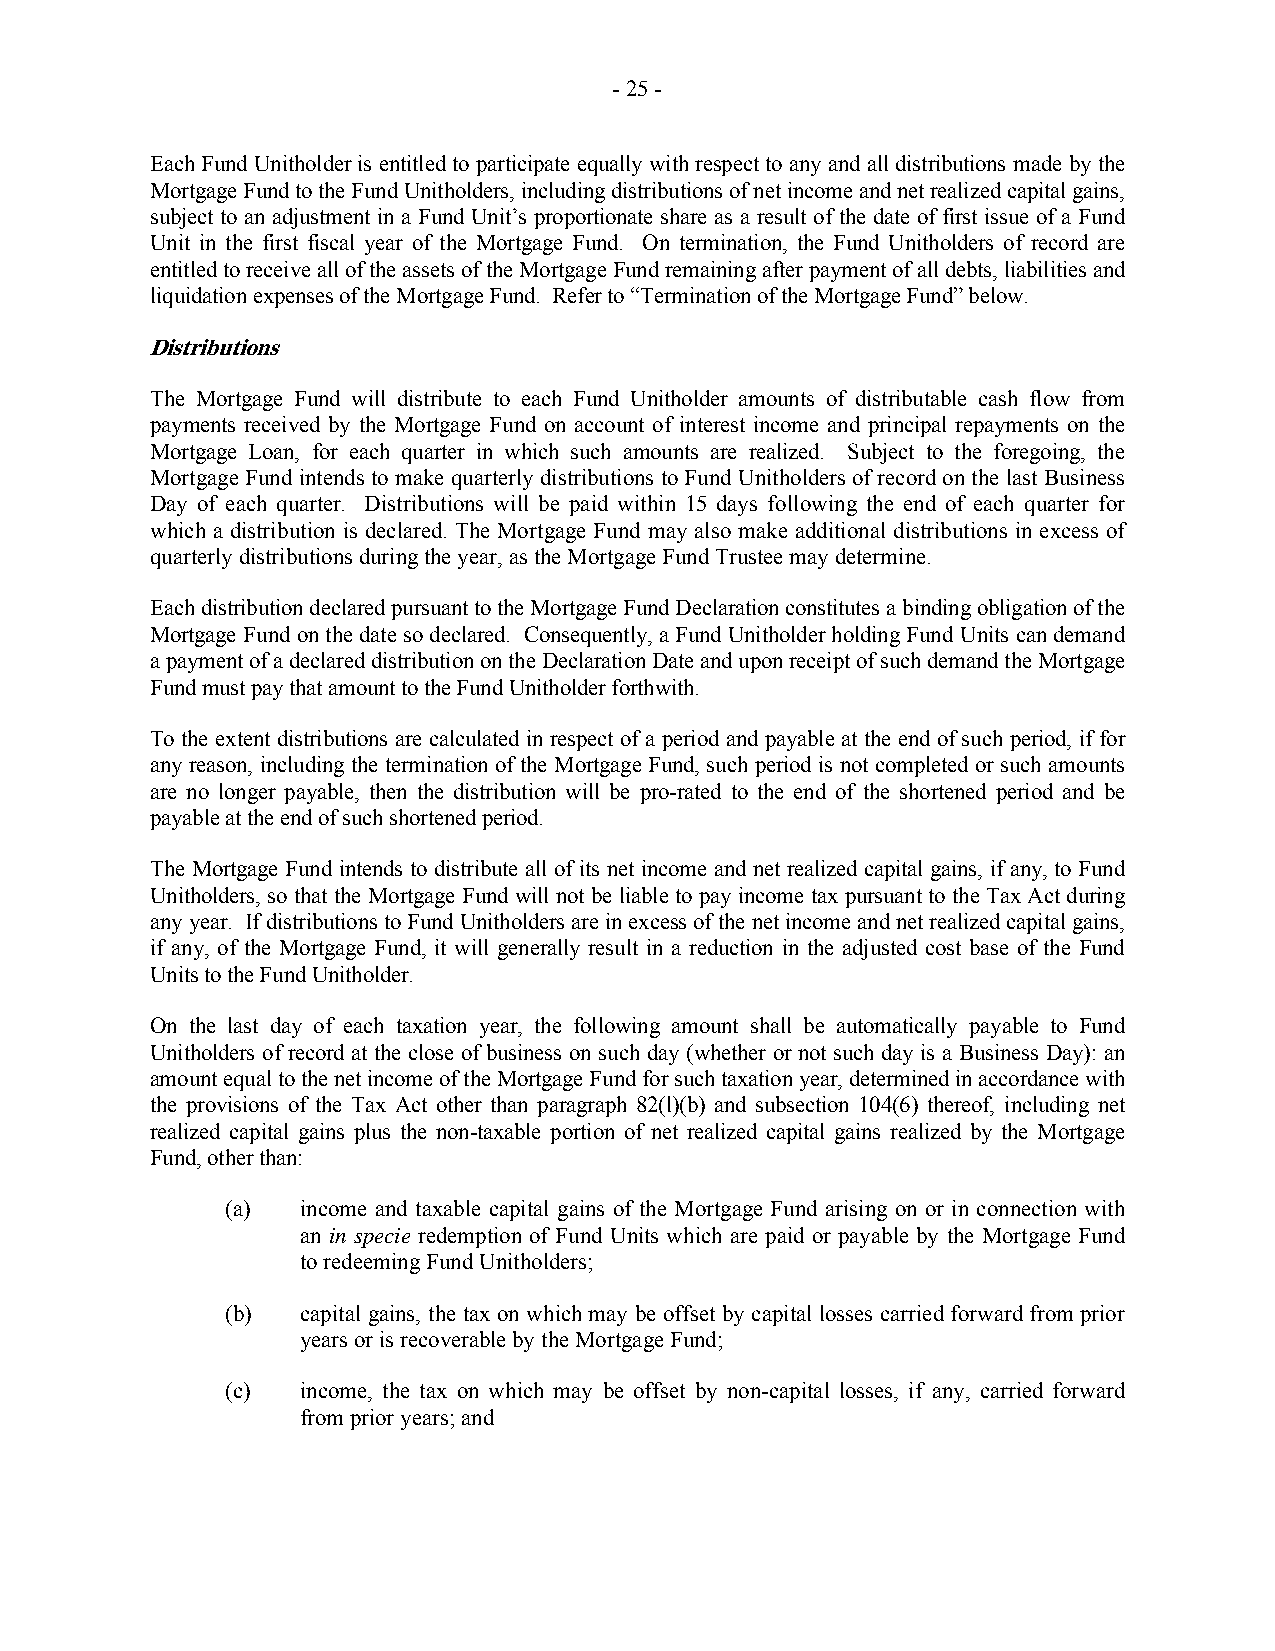
- 25 -
 Each Fund Unitholder is entitled to participate equally with respect to any and all distributions made by the
 Mortgage Fund to the Fund Unitholders, including distributions of net income and net realized capital gains,
 subject to an adjustment in a Fund Unit’s proportionate share as a result of the date of first issue of a Fund
 Unit in the first fiscal year of the Mortgage Fund. On termination, the Fund Unitholders of record are
 entitled to receive all of the assets of the Mortgage Fund remaining after payment of all debts, liabilities and
 liquidation expenses of the Mortgage Fund. Refer to “Termination of the Mortgage Fund” below.
 Distributions
 The Mortgage Fund will distribute to each Fund Unitholder amounts of distributable cash flow from
 payments received by the Mortgage Fund on account of interest income and principal repayments on the
 Mortgage Loan, for each quarter in which such amounts are realized. Subject to the foregoing, the
 Mortgage Fund intends to make quarterly distributions to Fund Unitholders of record on the last Business
 Day of each quarter. Distributions will be paid within 15 days following the end of each quarter for
 which a distribution is declared. The Mortgage Fund may also make additional distributions in excess of
 quarterly distributions during the year, as the Mortgage Fund Trustee may determine.
 Each distribution declared pursuant to the Mortgage Fund Declaration constitutes a binding obligation of the
 Mortgage Fund on the date so declared. Consequently, a Fund Unitholder holding Fund Units can demand
 a payment of a declared distribution on the Declaration Date and upon receipt of such demand the Mortgage
 Fund must pay that amount to the Fund Unitholder forthwith.
 To the extent distributions are calculated in respect of a period and payable at the end of such period, if for
 any reason, including the termination of the Mortgage Fund, such period is not completed or such amounts
 are no longer payable, then the distribution will be pro-rated to the end of the shortened period and be
 payable at the end of such shortened period.
 The Mortgage Fund intends to distribute all of its net income and net realized capital gains, if any, to Fund
 Unitholders, so that the Mortgage Fund will not be liable to pay income tax pursuant to the Tax Act during
 any year. If distributions to Fund Unitholders are in excess of the net income and net realized capital gains,
 if any, of the Mortgage Fund, it will generally result in a reduction in the adjusted cost base of the Fund
 Units to the Fund Unitholder.
 On the last day of each taxation year, the following amount shall be automatically payable to Fund
 Unitholders of record at the close of business on such day (whether or not such day is a Business Day): an
 amount equal to the net income of the Mortgage Fund for such taxation year, determined in accordance with
 the provisions of the Tax Act other than paragraph 82(l)(b) and subsection 104(6) thereof, including net
 realized capital gains plus the non-taxable portion of net realized capital gains realized by the Mortgage
 Fund, other than:
 (a)  income and taxable capital gains of the Mortgage Fund arising on or in connection with
 an in specie redemption of Fund Units which are paid or payable by the Mortgage Fund
 to redeeming Fund Unitholders;
 (b)  capital gains, the tax on which may be offset by capital losses carried forward from prior
 years or is recoverable by the Mortgage Fund;
 (c)  income, the tax on which may be offset by non-capital losses, if any, carried forward
 from prior years; and